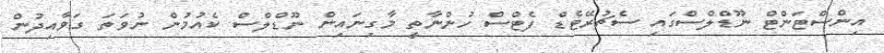
އިންސްޓަންޓް ނޫޑްލްސްގައި ސެޗުރޭޓެޑް ފެޓްސް ހުންނާތީ މާގިނައިން ނޫޑްލްސް ކެއުމުން ނުވަތަ ގަވާއިދުން